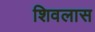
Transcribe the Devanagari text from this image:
शिवलास